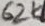
Text: 62K